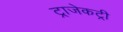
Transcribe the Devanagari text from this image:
ट्राजेकट्री